Leaving Certificate Examination (including Day School Certificate (Higher) General paper), 1939
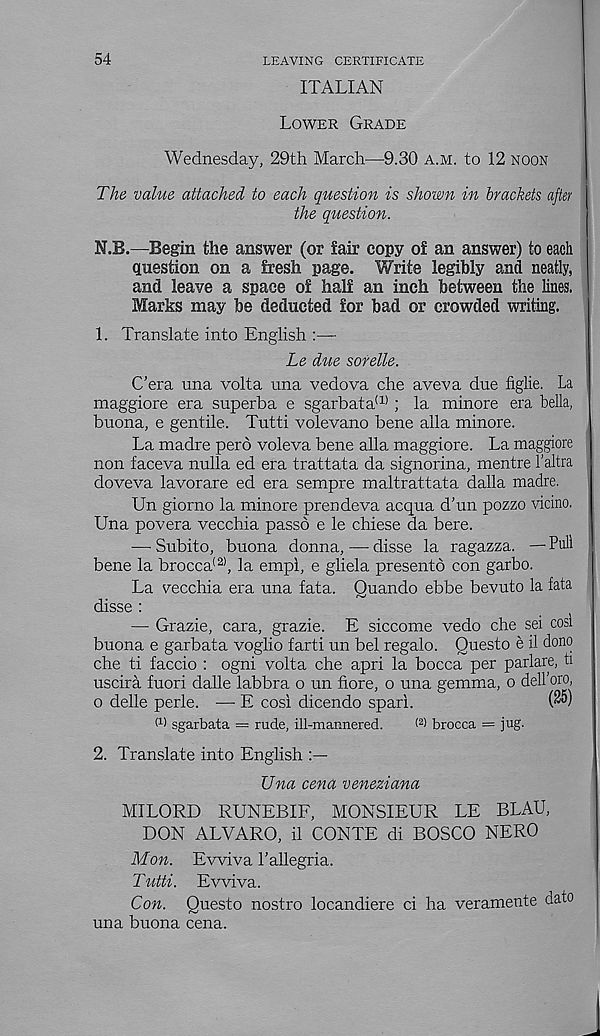
54
LEAVING CERTIFICATE
ITALIAN
Lower Grade
Wednesday, 29th March—9.30 a.m. to 12 noon
The value attached to each question is shown in brackets after
the question.
N.B.—Begin the answer (or fair copy of an answer) to each
Question on a fresh page. Write legibly and neatly,
and leave a space of half an inch between the lines.
Marks may be deducted for bad or crowded writing.
1. Translate into English :—
Le dvie sorelle.
C’era una volta una vedova che aveva due figlie. La
maggiore era superba e sgarbata (1) ; la minore era bella,
buona, e gentile. Tutti volevano bene alia minore.
La madre perd voleva bene alia maggiore. La maggiore
non faceva nulla ed era trattata da signorina, mentre I’altra
doveva lavorare ed era sempre maltrattata dalla madre.
Un giorno la minore prendeva acqua d’un pozzo vicino.
Una povera vecchia passd e le chiese da bere.
— Subito, buona donna, — disse la ragazza. — Pull
bene la brocca (2) , la empi, e gliela presento con garbo.
La vecchia era una fata. Quando ebbe bevuto la fata
disse :
— Grazie, cara, grazie. E siccome vedo che sei cost
buona e garbata voglio farti un bel regalo. Questo e il dono
che ti faccio : ogni volta che apri la bocca per parlare, ti
uscira fuori dalle labbra o un fiore, o una gemma, o dell oro,
o delle perle. —- E cosi dicendo spari.
("®)
(1) sgarbata — rude, ill-mannered.
< 2 ) brocca = jug.
2. Translate into English
Una cena veneziana
MILORD RUNEBIF, MONSIEUR LE BLAU,
DON ALVARO, il CONTE di BOSCO NERO
Mon. Ewiva Pallegria.
Tutti. Evviva.
Con. Questo nostro locandiere ci ha veramente dato
una buona cena.